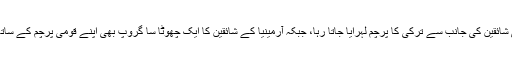
اسٹیڈیم میں مقامی شائقین کی جانب سے ترکی کا پرچم لہرایا جاتا رہا، جبکہ آرمینیا کے شائقین کا ایک چھوٹا سا گروپ بھی اپنے قومی پرچم کے ساتھ وہاں موجود تھا۔